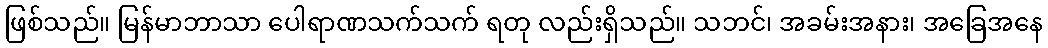
ဖြစ်သည်။ မြန်မာဘာသာ ပေါရာဏသက်သက် ရတု လည်းရှိသည်။ သဘင်၊ အခမ်းအနား၊ အခြေအနေ